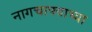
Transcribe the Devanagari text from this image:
नागचाफ्याच्या